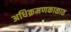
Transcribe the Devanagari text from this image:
अधिक्रमणकाळात